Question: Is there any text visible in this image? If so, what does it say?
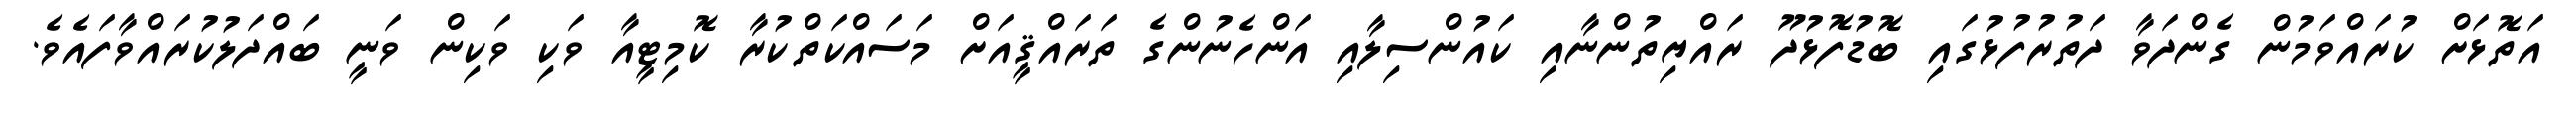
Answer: އަތޮޅަށް ކުރައްވަމުން ގެންދަވާ ދަތުރުފުޅުގައި ބޮޑުފޮޅުދޫ ރައްޔިތުންނާއި ކައުންސިލާއި އަންހެނުންގެ ތަރައްޤީއަށް މަސައްކަތްކުރާ ކޮމިޓީއާ ވަކި ވަކިން ވަނީ ބައްދަލުކުރައްވާފައެވެ.